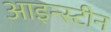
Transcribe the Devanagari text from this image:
आइन्‍स्‍टीन